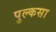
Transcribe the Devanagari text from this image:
पुल्कसा